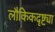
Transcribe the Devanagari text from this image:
लौकिकदृष्ट्या